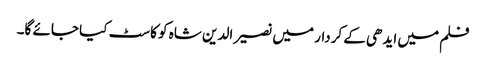
فلم میں ایدھی کے کردار میں نصیر الدین شاہ کو کاسٹ کیا جائے گا۔